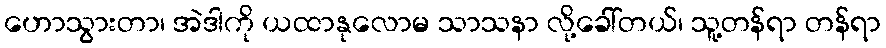
ဟောသွားတာ၊ အဲဒါကို ယထာနုလောမ သာသနာ လို့ခေါ်တယ်၊ သူ့တန်ရာ တန်ရာ